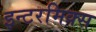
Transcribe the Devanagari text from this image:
इन्टरमिक्स